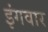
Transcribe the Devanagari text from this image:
इंगवार